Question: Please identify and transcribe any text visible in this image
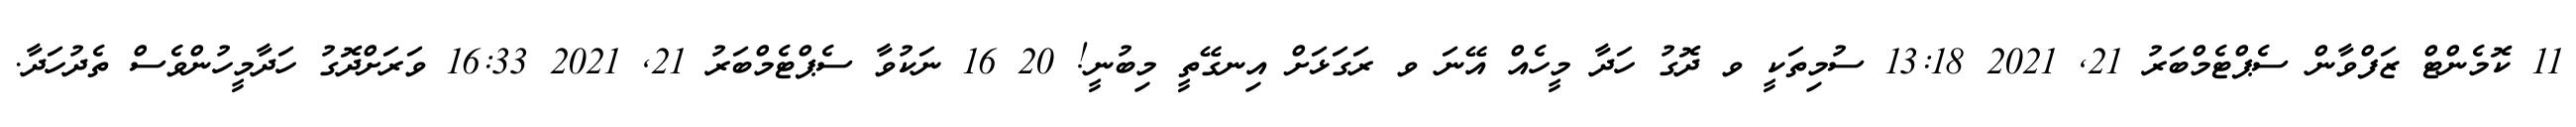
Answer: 11 ކޮމެންޓް ޒަފްވާން ސެޕްޓެމްބަރު 21, 2021 13:18 ސުމިތަކީ ވ ދޮގު ހަދާ މީހެއް އޭނަ ވ ރަގަޅަށް އިނގޭތީ މިބުނީ! 20 16 ނަކުވާ ސެޕްޓެމްބަރު 21, 2021 16:33 ވަރަށްދޮގު ހަދާމީހުންވެސް ތެދުހަދާ.